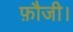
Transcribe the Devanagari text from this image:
फ़ौजी।